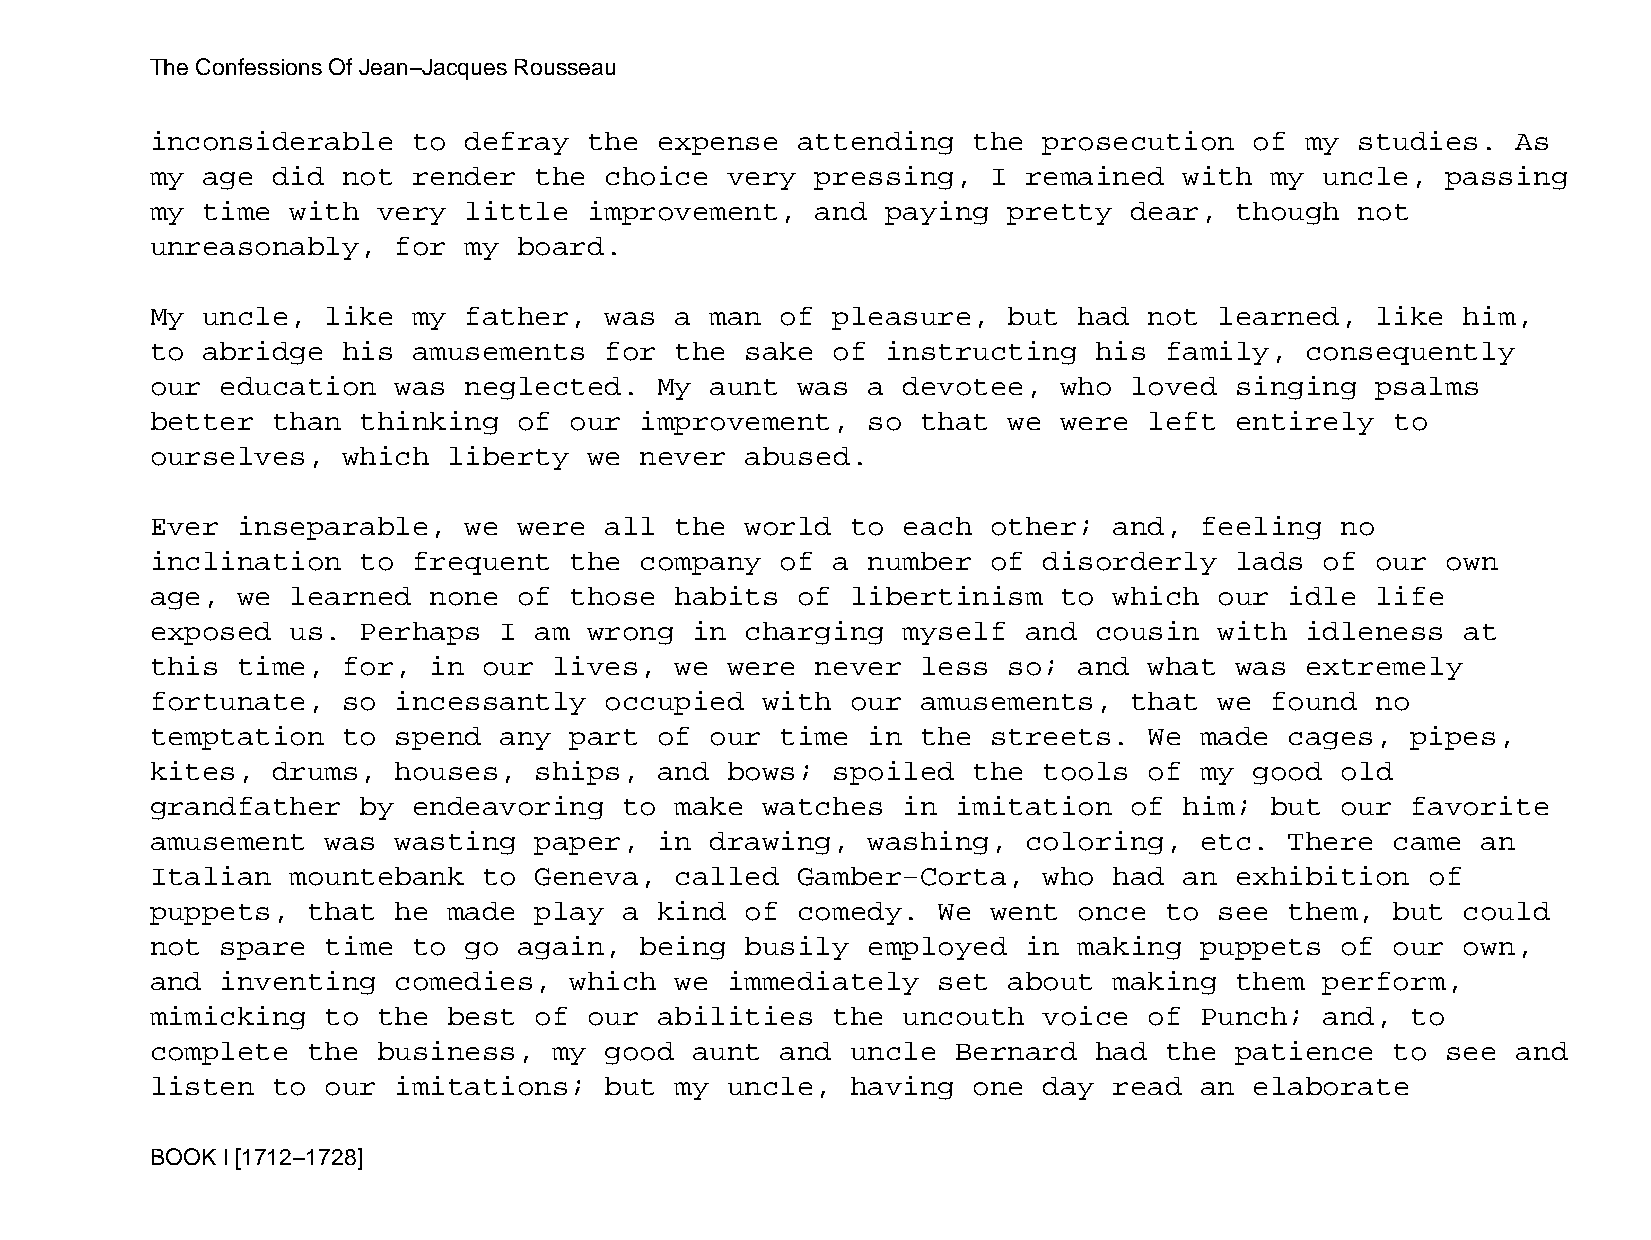
The Confessions Of Jean−Jacques Rousseau
 inconsiderable   to  defray  the  expense  attending  the  prosecution   of my  studies.  As
 my age  did  not render  the  choice  very  pressing,   I remained  with  my  uncle,  passing
 my time  with  very  little  improvement,   and  paying  pretty  dear,  though  not
 unreasonably,   for  my board.
 My uncle,   like my  father,  was  a man  of pleasure,   but had  not  learned,  like  him,
 to abridge   his amusements   for  the sake  of  instructing  his  family,  consequently
 our  education  was  neglected.   My aunt  was a  devotee,  who  loved  singing  psalms
 better  than  thinking  of  our improvement,   so  that  we were  left  entirely  to
 ourselves,   which  liberty  we never  abused.
 Ever  inseparable,   we were  all  the world  to  each  other;  and, feeling   no
 inclination   to frequent   the company   of a number   of disorderly   lads  of our  own
 age,  we learned  none  of  those  habits  of libertinism   to  which  our idle  life
 exposed  us.  Perhaps  I am  wrong  in charging   myself  and cousin   with idleness   at
 this  time,  for, in  our  lives,  we were  never  less  so; and  what  was extremely
 fortunate,   so incessantly   occupied  with  our  amusements,   that  we found  no
 temptation   to spend  any  part  of our  time in  the  streets.  We made  cages,  pipes,
 kites,  drums,  houses,  ships,   and bows;  spoiled  the  tools  of my  good  old
 grandfather   by endeavoring   to  make watches   in imitation   of him;  but  our favorite
 amusement   was wasting  paper,   in drawing,  washing,   coloring,  etc.  There  came  an
 Italian  mountebank   to Geneva,   called  Gamber−Corta,   who  had an  exhibition   of
 puppets,  that  he  made play  a  kind of  comedy.  We  went once  to  see them,  but  could
 not  spare  time to  go again,  being  busily  employed   in making  puppets   of our  own,
 and  inventing  comedies,   which  we immediately   set  about  making  them  perform,
 mimicking   to the  best of  our  abilities  the  uncouth  voice  of Punch;   and, to
 complete  the  business,   my good  aunt  and uncle  Bernard  had  the  patience  to  see and
 listen  to  our imitations;   but  my uncle,  having  one  day  read an  elaborate
 BOOK I [1712−1728]